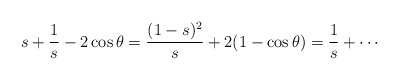
\begin{align*} s+\frac 1s-2\cos\theta=\frac{(1-s)^2}s+2(1-\cos\theta)=\frac 1s+\cdots\end{align*}